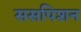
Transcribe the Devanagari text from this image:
ससपिशन